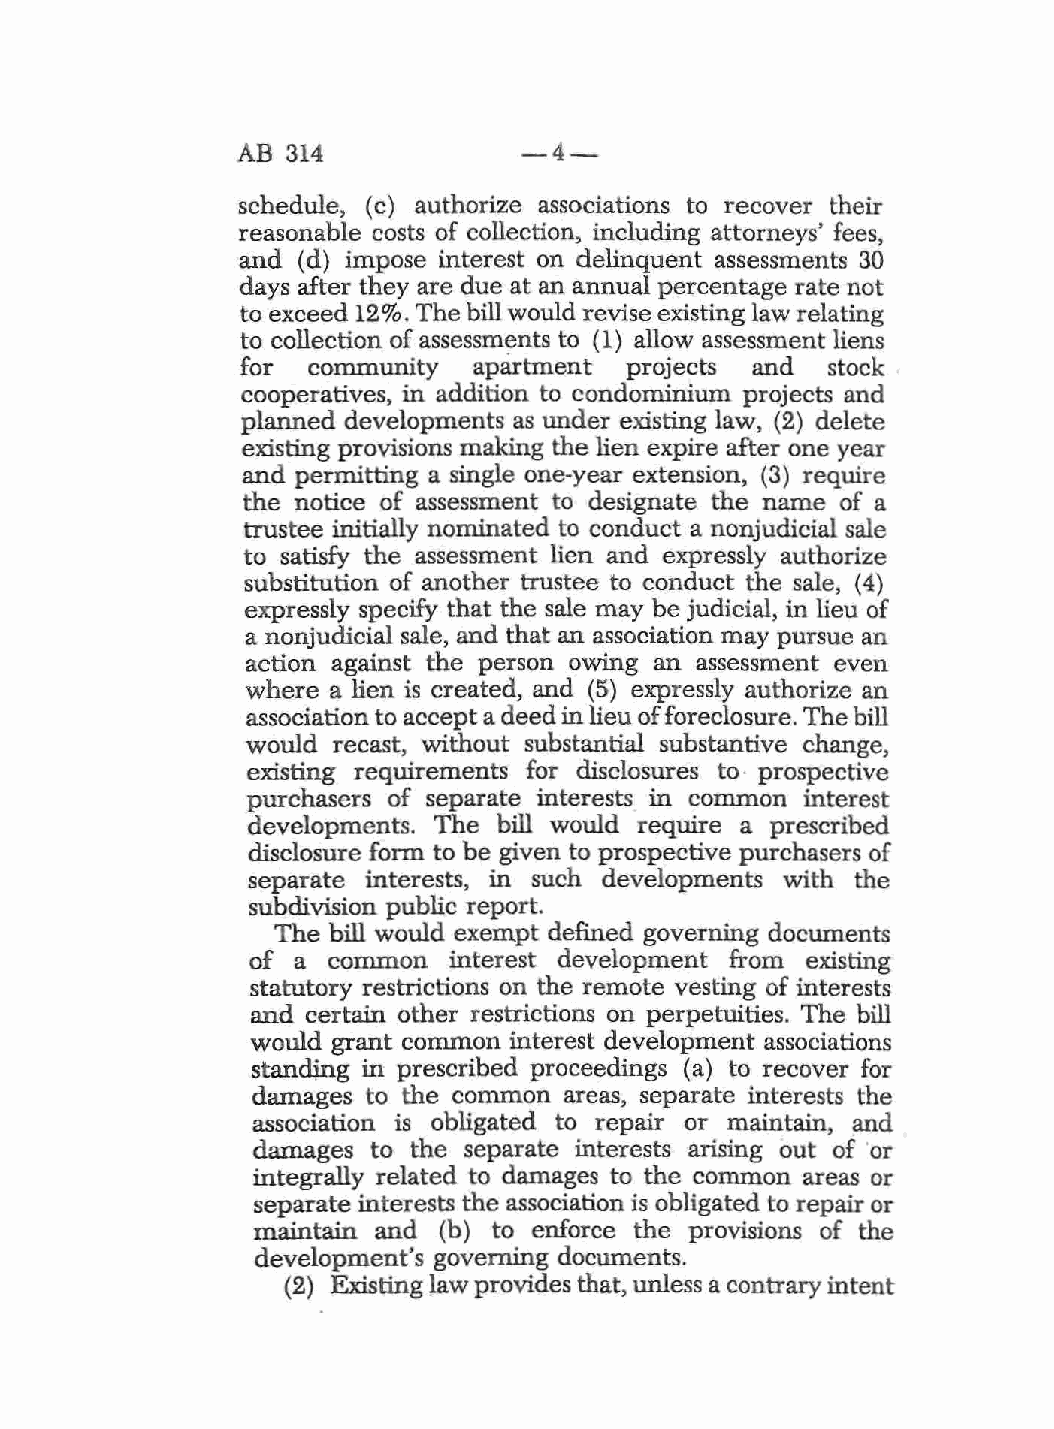
AB 314            -4-
 schedule, ( c) authorize associations to recover their
 reasonable costs of collection, including attorneys' fees,
 and (d) impose interest on delinquent assessments 30
 days after they are due at an annual percentage rate not
 to exceed 12 % . The bill would revise existing law relating
 to collection of assessments to ( 1) allow assessment liens
 for community  apartment projects and  stock
 cooperatives, in addition to condominium projects and
 planned developments as under existing law, (2) delete
 existing provisions making the lien expire after one year
 and permitting a single one-year extension, (3) require
 the notice of assessment to designate the name of a
 trustee initially nominated to conduct a nonjudicial sale
 to satisfy the assessment lien and expressly authorize
 substitution of another trustee to conduct th.e sale, (4 )
 expressly specify that the sale may be judicial, in lieu of
 a nonjudicial sale, and that an association may pursue an
 action against the person owing an assessment even
 where a lien is created, and (5) expressly authorize an
 association to accept a deed in lieu of foreclosure. The bill
 would recast, without substantial substantive change,
 existing requirements for disclosures to· prospective
 purchasers of separate interests in common interest
 developments. The bill would require a prescribed
 disclosure form to be given to prospective purchasers of
 separate interests, in such developments with the
 subdivision public report.
 The bill would exempt defined governing documents
 of a  common  interest development from existing
 statutory restrictions on the remote vesting of interests
 and certain 0ther restrictions on perpetuities. The bill
 would grant common interest development associations
 standjng in prescribed proceedings (a) to recover for
 damages to the common areas, separate interests the
 association is obligated to repair or maintain, and
 damages to the separate interests arising out of ·or
 integrally related to damages to the common areas or
 separate interests the association is obligated to repair or
 maintain and (b) to enforce the provisions of the
 development's governing documents.
 (2) Existing law provides that, unless a contrary intent